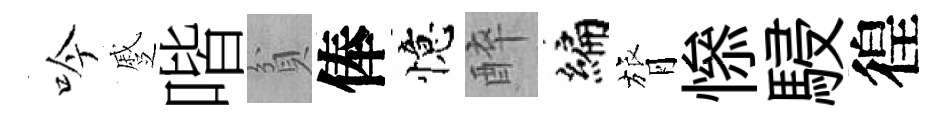
吟蹙喈貧俸憶醉编膂𢡖駸徨